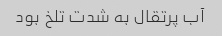
آب پرتقال به شدت تلخ بود